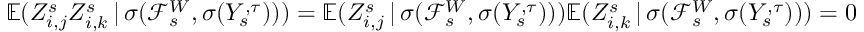
\mathbb { E } ( Z _ { i , j } ^ { s } Z _ { i , k } ^ { s } \, | \, \sigma ( \mathcal { F } _ { s } ^ { W } , \sigma ( Y _ { s } ^ { , \tau } ) ) ) = \mathbb { E } ( Z _ { i , j } ^ { s } \, | \, \sigma ( \mathcal { F } _ { s } ^ { W } , \sigma ( Y _ { s } ^ { , \tau } ) ) ) \mathbb { E } ( Z _ { i , k } ^ { s } \, | \, \sigma ( \mathcal { F } _ { s } ^ { W } , \sigma ( Y _ { s } ^ { , \tau } ) ) ) = 0